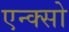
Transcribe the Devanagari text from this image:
एन्क्सो